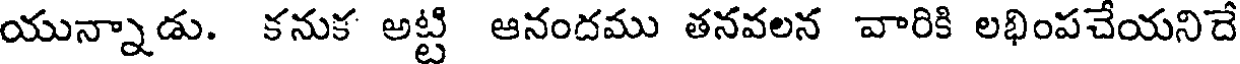
యున్నాడు. కనుక అట్టి ఆనందము తనవలన వారికి లభింపచేయనిదే